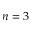
n = 3